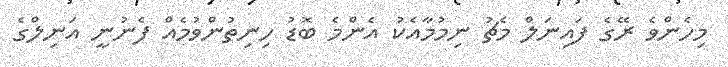
މިހެންވެ ރޭގެ ފައިނަލް މެޗު ނިމުމާއެކު އެންމެ ބޮޑު ހިނިތުންވުމެއް ފެނުނީ އަނިލްގެ